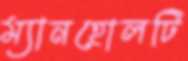
ম্যানহোলটি